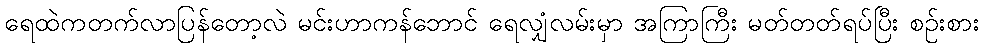
ရေထဲကတက်လာပြန်တော့လဲ မင်းဟာကန်ဘောင် ရေလျှံလမ်းမှာ အကြာကြီး မတ်တတ်ရပ်ပြီး စဉ်းစား